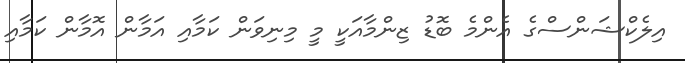
އިލެކްޝަންސްގެ އެންމެ ބޮޑު ޒިންމާއަކީ މީ މިނިވަން ކަމާއި އަމާން އޮމާން ކަމާއި